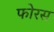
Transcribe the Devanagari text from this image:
फोरस